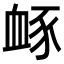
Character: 𧖹